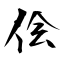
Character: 侩